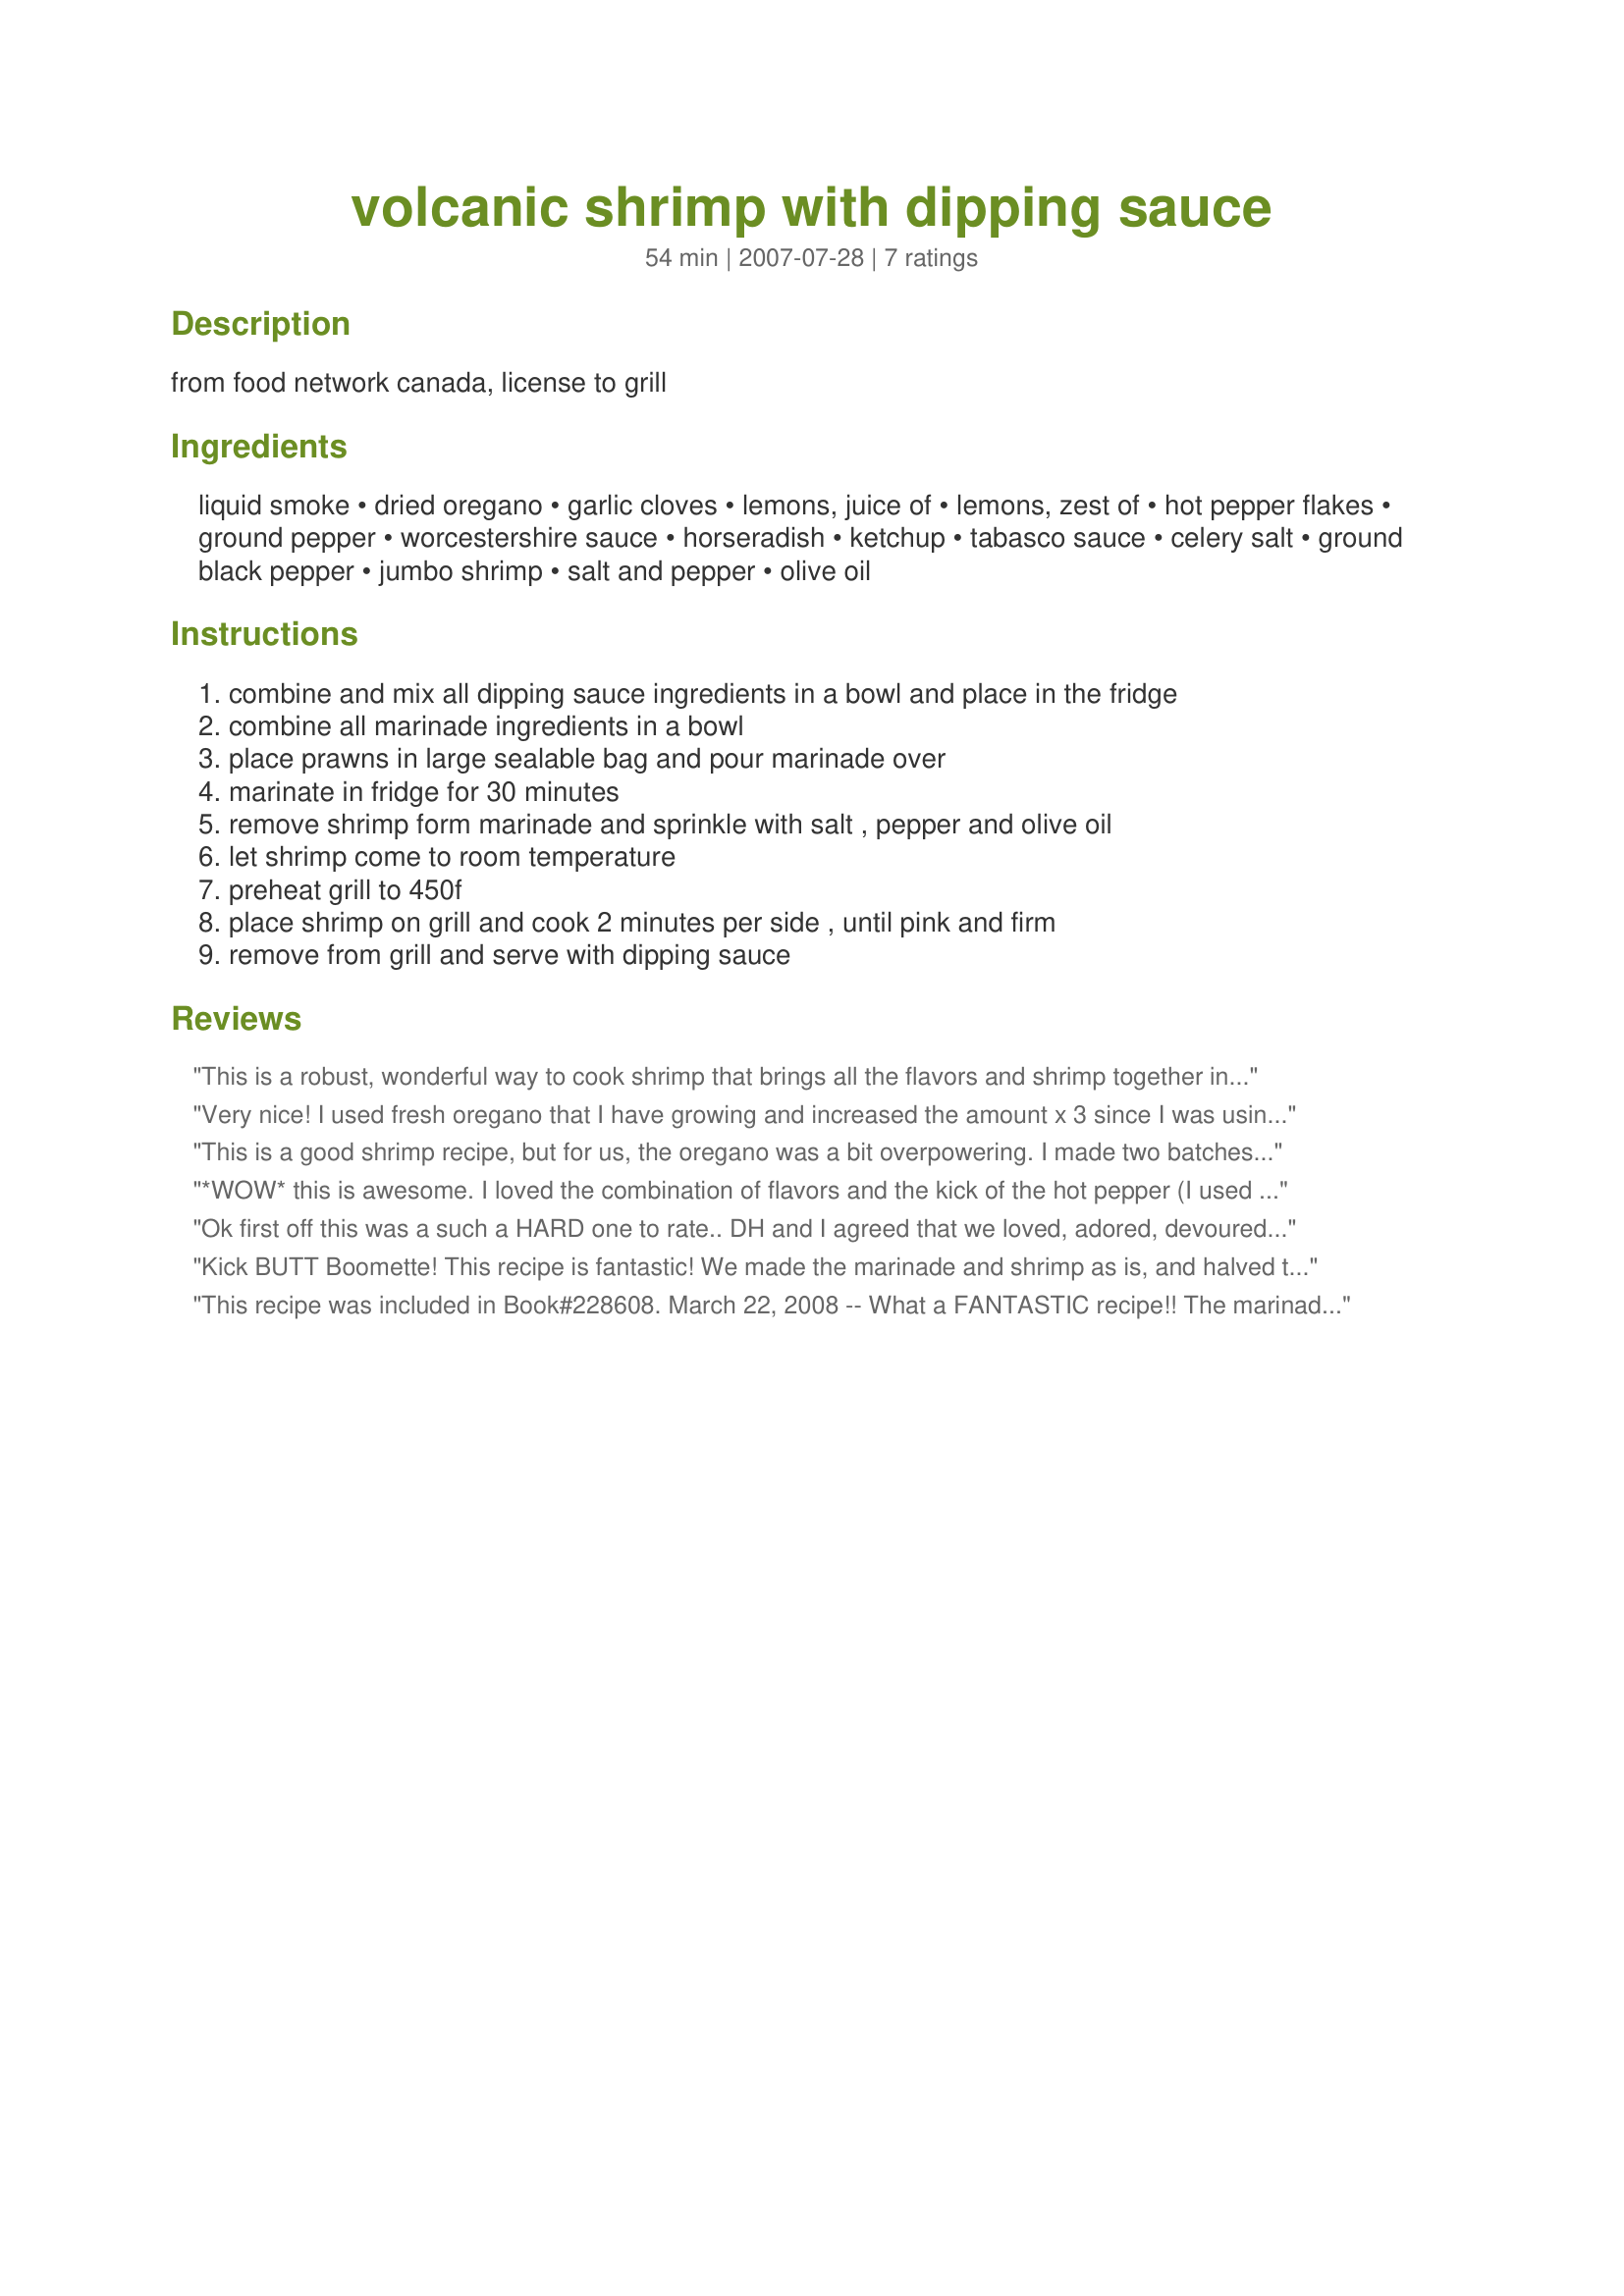
volcanic shrimp with dipping sauce
Preparation time: 54 minutes

from food network canada, license to grill

Ingredients:
liquid smoke, dried oregano, garlic cloves, lemons, juice of, lemons, zest of, hot pepper flakes, ground pepper, worcestershire sauce, horseradish, ketchup, tabasco sauce, celery salt, ground black pepper, jumbo shrimp, salt and pepper, olive oil

Steps:
combine and mix all dipping sauce ingredients in a bowl and place in the fridge, combine all marinade ingredients in a bowl, place prawns in large sealable bag and pour marinade over, marinate in fridge for 30 minutes, remove shrimp form marinade and sprinkle with salt , pepper and olive oil, let shrimp come to room temperature, preheat grill to 450f, place shrimp on grill and cook 2 minutes per side , until pink and firm, remove from grill and serve with dipping sauce

Reviews:
This is a robust, wonderful way to cook shrimp that brings all the flavors and shrimp together in a neat bundle that you will make again and again. Had all ingredients on hand, and was very easy and simple to put together. I LOVE hot foods so I added extra hot pepper flakes and extra Tabasco. I also added some large sliced big Vidalia onions to the the marinade along with the shrimp and cooked them both on the grill together. The onion flavor combined with the shrimp and other flavors and produced a wonderful taste. I served these shrimp sitting happily perched on some fettuccine noodles that were slightly buttered. Everyone decided to lick their plates to gather up the all the extra juice at the end. Thanks, Boomette for posting this.
Very nice! I used fresh oregano that I have growing and increased the amount x 3 since I was using fresh herbs rather than dried. Due to the comments left on reviews I was worried about the sauce. I do not think I should have been. This is a simple cocktail sauce very popular in the US. It does not really allow the flavor that is so wonderful on these shrimp though! The sauce alone is good and the shrimp alone are wonderful. They just do not compliment each other. I suggest maybe posting them as two separate recipes. You have two wonderful recipes that way! I did try the sauce first with half the worcestershire but after tasting I added the remaining portion. I did double the Tabasco after tasting but that is personal preference. We love hot stuff! This are great recipes Boomette! Thanks for sharing them! *Made for Bevvy Tag*
This is a good shrimp recipe, but for us, the oregano was a bit overpowering. I made two batches - one without red pepper and much lighter on the spices for the kids, and a batch as directed for DH and myself - we like things HOT! We both preferred the kids' batch, it just seemed to allow the flavor of the shrimp to come through more. The combination of flavors is very good, but I would cut the oregano in half, maybe more.
 The dipping sauce is excellent - it is very similar to how I have made my cocktail sauce to accompany shrimp and seafood for years. The addition of celery salt adds another layer which we enjoyed. I did use chili sauce instead of ketchup for added kick.
Made for 123 Hits Game.
*WOW* this is awesome. I loved the combination of flavors and the kick of the hot pepper (I used Tapatia, all I had on hand) This was so simple to throw together, and the raves were ooooh and awwwhs all the way. I was asked for the recipe by several guest! Needless to say, this will be made again and again. It is now known by my friends as "That Spicy Shrimp!" Thanks Boomie for sharing this awesome recipe. The sauce was peeerfect too! ~V
Ok first off this was a such a HARD one to rate.. DH and I agreed that we loved, adored, devoured the wonderful devine, delectable shrimp... but we didn't like the dipping sauce at all !!! Others who reviewed this obviously did and so it just goes to show how personal preference is EVERYTHING! We thought the the flavours in the shrimp worked magnificantly together and loved the heat that gives a lift to what might otherwise heve been a tasty but not too different taste combination. We used piri piri ( Portuguse pepper flakes) and it lifts this to a WONDERFUL new level. The dipping sauce we felt had too many conflicting flavours, we could taste the worcestershire sauce one second, the ketchup the next etc and they seemed to be falvours apart in one sauce instead of harmony together. We would have given sooo different ratings for just the sauce or just the shrimp, bit how to rate them together ? well... our best way was to look at the star of the show, deficiately the shrimp in our opinion LOL and to say that for us a different dipping sauce would be fine.. it's a Shrimp recipe after all and not a condiment one. Therefore please see my rating system: 5 excellent excellent stars for the shrimp, that we will be making over and over again, .. also with a different sauce :) DO make this for yourself and see for yourself how the sauce works for you. Thanks for a wonderful recipe!
Kick BUTT Boomette! This recipe is fantastic! We made the marinade and shrimp as is, and halved the dipping sauce recipe. We have lots of dipping sauce left over, but no volcanic shrimp! I can't tell you how much we loved these. They are seriously spicy and just downright awesome. New recipe find, LOVE IT! Made for Pick-A-Chef Fall 2011.
This recipe was included in Book#228608. March 22, 2008 -- What a FANTASTIC recipe!! The marinade flavored the shrimp nicely, without overpowering it. I wasn't sure if the dipping sauce would be too hot because of the amount of horseradish, but it wasn't -- the sauce was perfect and I loved the hint of lemon. It made more sauce than we needed, so next time I'll make half of the dipping sauce. It was so good that my husband took the shrimp I had set aside to take a picture of, and gobbled them down -- GRR. Thanks for this great recipe!!
